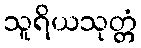
သူရိယသုတ္တံ